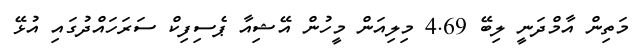
މަތިން އާމްދަނީ ލިބޭ 4.69 މިލިއަން މީހުން އޭޝިއާ ޕެސިފިކް ސަރަހައްދުގައި އުޅޭ